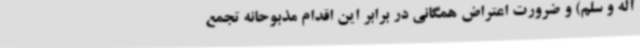
آله و سلم) و ضرورت اعتراض همگانی در برابر این اقدام مذبوحانه تجمع